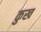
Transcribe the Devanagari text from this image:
कुख